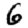
Digit: 6